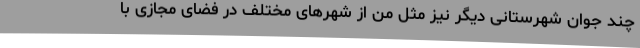
چند جوان شهرستانی دیگر نیز مثل من از شهرهای مختلف در فضای مجازی با